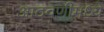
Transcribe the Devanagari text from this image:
आठवणीमध्ये